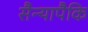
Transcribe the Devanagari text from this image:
सैन्यापैकि